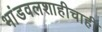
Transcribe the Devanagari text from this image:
भांडवलशाहीचाही